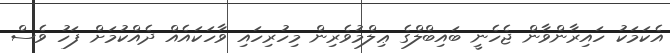
އެކަމަކު ހައިރާންވާން ޖެހެނީ ބައިބްލްގެ ޢިލްމުވެރިން މިހުރިހައި ވާހަކައެއް ދެއްކުމަށް ފަހު ވެސް